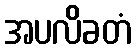
အပလိခတံ